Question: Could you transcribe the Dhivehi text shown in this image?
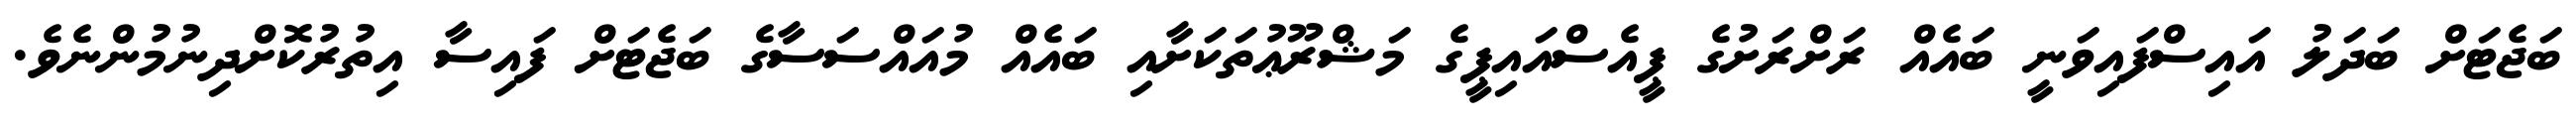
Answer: ބަޖެޓަށް ބަދަލު އައިސްފައިވަނީ ބައެއް ރަށްރަށުގެ ޕީއެސްއައިޕީގެ މަޝްރޫޢުތަކަށާއި ބައެއް މުއައްސަސާގެ ބަޖެޓަށް ފައިސާ އިތުރުކޮށްދިނުމުންނެވެ.